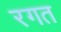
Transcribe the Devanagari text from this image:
रगत